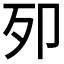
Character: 𭅵